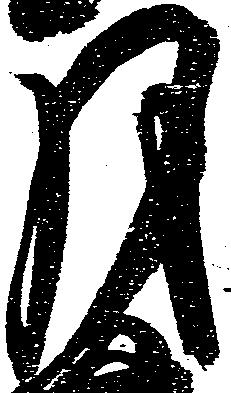
月